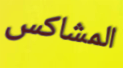
المشاكس